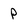
Character: p